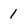
Character: 1